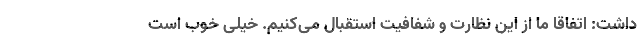
داشت: اتفاقا ما از این نظارت و شفافیت استقبال می‌کنیم. خیلی خوب است